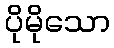
ပိုမိုသော